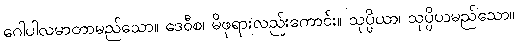
ဂေါပါလမာတာမည်သော။ ဒေဝီစ၊ မိဖုရားလည်းကောင်း။ သုပ္ပိယာ၊ သုပ္ပိယမည်သော။